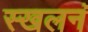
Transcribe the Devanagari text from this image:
स्खलनं